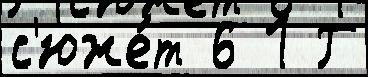
с'юже́т 6 1 Г